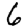
Digit: 6